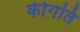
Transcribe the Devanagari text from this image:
कीगति